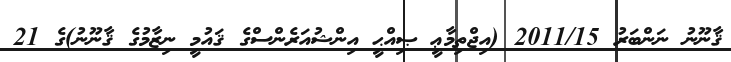
ޤާނޫނު ނަންބަރު 2011/15 (އިޖްތިމާޢީ ޞިއްޙީ އިންޝުއަރެންސްގެ ޤައުމީ ނިޒާމުގެ ޤާނޫނު)ގެ 21